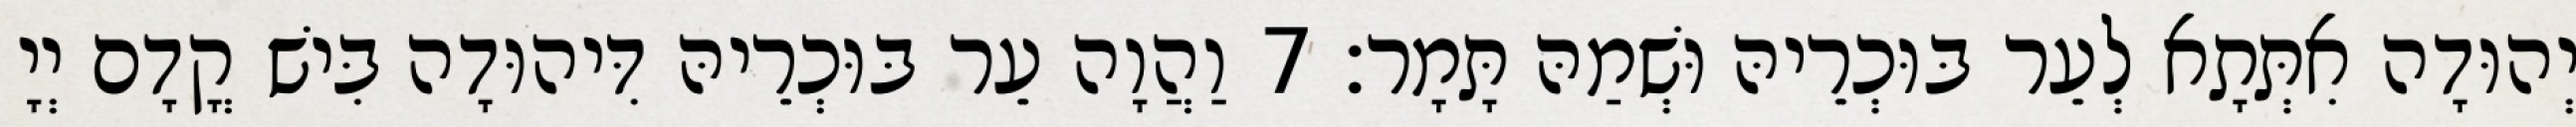
יְהוּדָה אִתְּתָא לְעֵר בּוּכְרֵיהּ וּשְׁמַהּ תָּמָר׃ 7 וַהֲוָה עֵר בּוּכְרֵיהּ דִּיהוּדָה בִּישׁ קֳדָם יְיָ